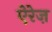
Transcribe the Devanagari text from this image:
ऐरेज़